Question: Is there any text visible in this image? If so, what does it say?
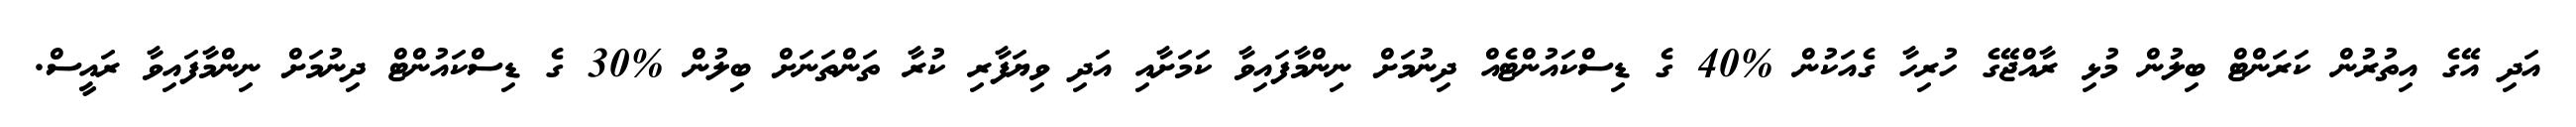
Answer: އަދި އޭގެ އިތުރުން ކަރަންޓް ބިލުން މުޅި ރާއްޖޭގެ ހުރިހާ ގެއަކުން %40 ގެ ޑިސްކައުންޓެއް ދިނުމަށް ނިންމާފައިވާ ކަމަށާއި އަދި ވިޔަފާރި ކުރާ ތަންތަނަށް ބިލުން %30 ގެ ޑިސްކައުންޓް ދިނުމަށް ނިންމާފައިވާ ރައީސް.